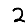
Digit: 2